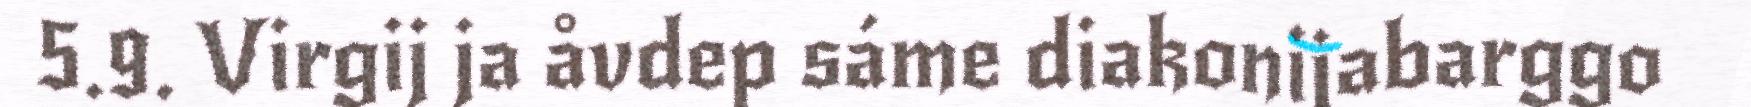
5.9. Virgij ja åvdep sáme diakonijabarggo